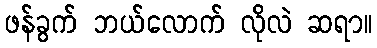
ဖန်ခွက် ဘယ်လောက် လိုလဲ ဆရာ။